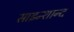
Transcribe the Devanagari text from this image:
साइन्शान्द